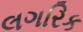
લગરિક